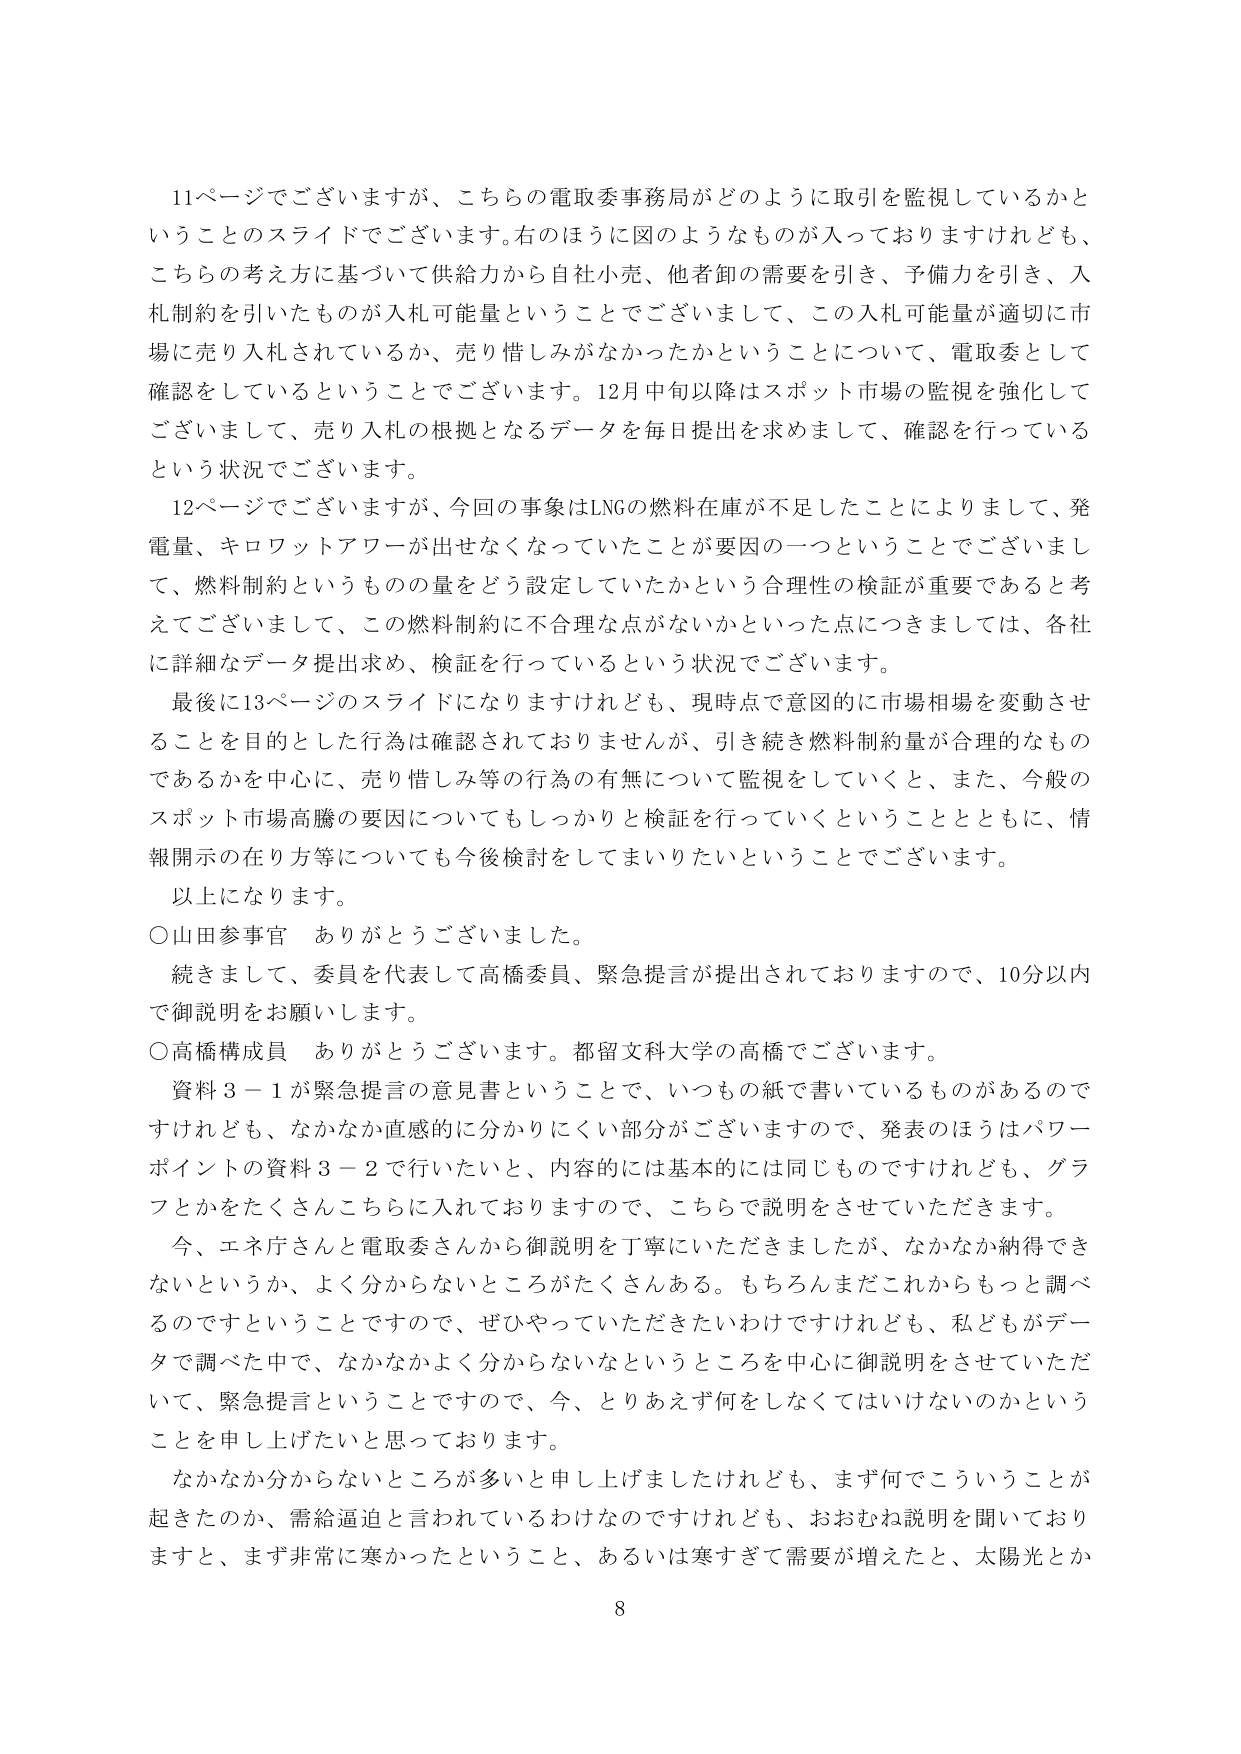
11ページでございますが、こちらの電取委事務局がどのように取引を監視しているかということのスライドでございます。右のほうに図のようなものが入っておりますけれども、こちらの考え方に基づいて供給力から自社小売、他者卸の需要を引き、予備力を引き、入札制約を引いたものが入札可能量ということでございまして、この入札可能量が適切に市場に売り入札されているか、売り惜しみがなかったかということについて、電取委として確認をしているということでございます。12月中旬以降はスポット市場の監視を強化してございまして、売り入札の根拠となるデータを毎日提出を求めまして、確認を行っているという状況でございます。

12ページでございますが、今回の事象はLNGの燃料在庫が不足したことによりまして、発電量、キロワットアワーが出せなくなっていたことが要因の一つということでございまして、燃料制約というものの量をどう設定していたかという合理性の検証が重要であると考えてございまして、この燃料制約に不合理な点がないかといった点につきましては、各社に詳細なデータ提出求め、検証を行っているという状況でございます。

最後に13ページのスライドになりますけれども、現時点で意図的に市場相場を変動させることを目的とした行為は確認されておりませんが、引き続き燃料制約量が合理的なものであるかを中心に、売り惜しみ等の行為の有無について監視をしていくと、また、今般のスポット市場高騰の要因についてもしっかりと検証を行っていくということとともに、情報開示の在り方等についても今後検討してまいりたいということでございます。

以上になります。

○山田参事官　ありがとうございます。

続きまして、委員を代表して高橋委員、緊急提言が提出されておりますので、10分以内で御説明をお願いします。

○高橋構成員　ありがとうございます。都留文科大学の高橋でございます。

資料3－1が緊急提言の意見書ということで、いつもの紙で書いているものがあるのですけれども、なかなか直感的に分かりにくい部分がございますので、発表のほうはパワーポイントの資料3－2で行いたいと、内容的には基本的には同じものですけれども、グラフとかをたくさんこちらに入れておりますので、こちらで説明をさせていただきます。

今、エネ庁さんと電取委さんから御説明を丁寧にいただきましたが、なかなか納得できないというか、よく分からないところがたくさんある。もちろんまだこれからもっと調べるのですということで、ぜひやっていただきたいわけですがけれども、私どもがデータで調べた中で、なかなかよく分からないなというところを中心に御説明をさせていただいて、緊急提言ということで、今、とりあえず何をしなくてはいけないのかということを申し上げたいと思っております。

なかなか分からないところが多いと申し上げましたけれども、まず何でこういうことが起きたのか、需給逼迫と言われているわけなのですがけれども、おおむね説明を聞いておりますと、まず非常に寒かったということ、あるいは寒すぎて需要が増えたと、太陽光とか

8